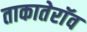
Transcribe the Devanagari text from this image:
ताकातेराॅव